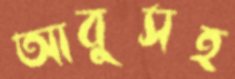
আবুসহ